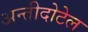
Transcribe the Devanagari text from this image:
अन्तीदोटेल